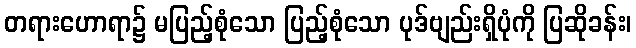
တရားဟောရာ၌ မပြည့်စုံသော ပြည့်စုံသော ပုဒ်ဗျည်းရှိပုံကို ပြဆိုခန်း၊